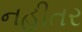
નહીતર